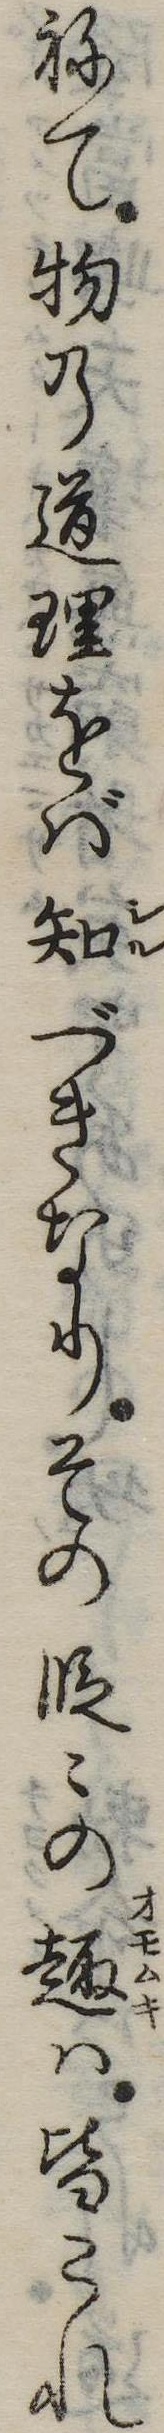
ねて物の道理をば知べきなりその段の趣は皆これ